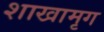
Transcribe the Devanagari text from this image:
शाखामृग